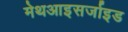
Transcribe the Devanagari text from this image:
मेथआइसर्जाइड